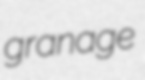
granage